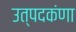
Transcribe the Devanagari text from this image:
उत्पदकंणा